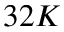
3 2 K